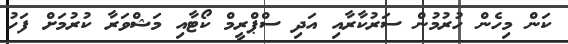
ކަން މިހެން ހުރުމުން ސަރުކާރާއި އަދި ސްޕްރީމް ކޯޓާއި މަޝްވަރާ ކުރުމަށް ފަހު